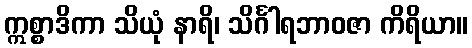
ဣစ္စာဒိကာ သိယုံ နာရိ၊ သိင်္ဂါရဘာဝဇာ ကိရိယာ။